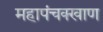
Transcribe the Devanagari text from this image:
महापंचक्खाण